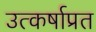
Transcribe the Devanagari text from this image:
उत्कर्षाप्रत